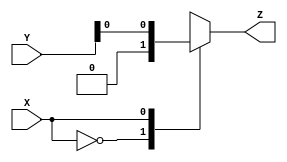
module X_case_statement (
    input wire X,
    input wire [1:0] Y,
    output wire Z
);

reg Z;

always @* begin
    case (X)
        2'b00: Z = 1'b0; // If X is 00
        2'b01: Z = Y[0]; // If X is 01
        2'b10: Z = Y[1]; // If X is 10
        default: Z = 1'b1; // If X is any other value
    endcase
end

endmodule